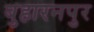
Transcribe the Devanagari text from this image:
बुहारनपुर